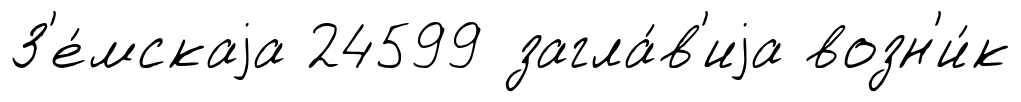
З'е́мскаjа 24599 загла́в'иjа возн'и́к